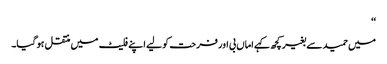
‘‘
میں حمید سے بغیر کچھ کہے اماں بی اور فرحت کو لیے اپنے فلیٹ میں منتقل ہو گیا۔